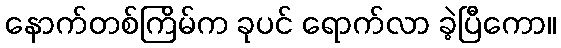
နောက်တစ်ကြိမ်က ခုပင် ရောက်လာ ခဲ့ပြီကော။